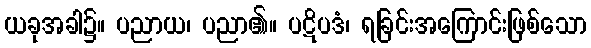
ယခုအခါ၌။ ပညာယ၊ ပညာ၏။ ပဋိပဒံ၊ ရခြင်းအကြောင်းဖြစ်သော